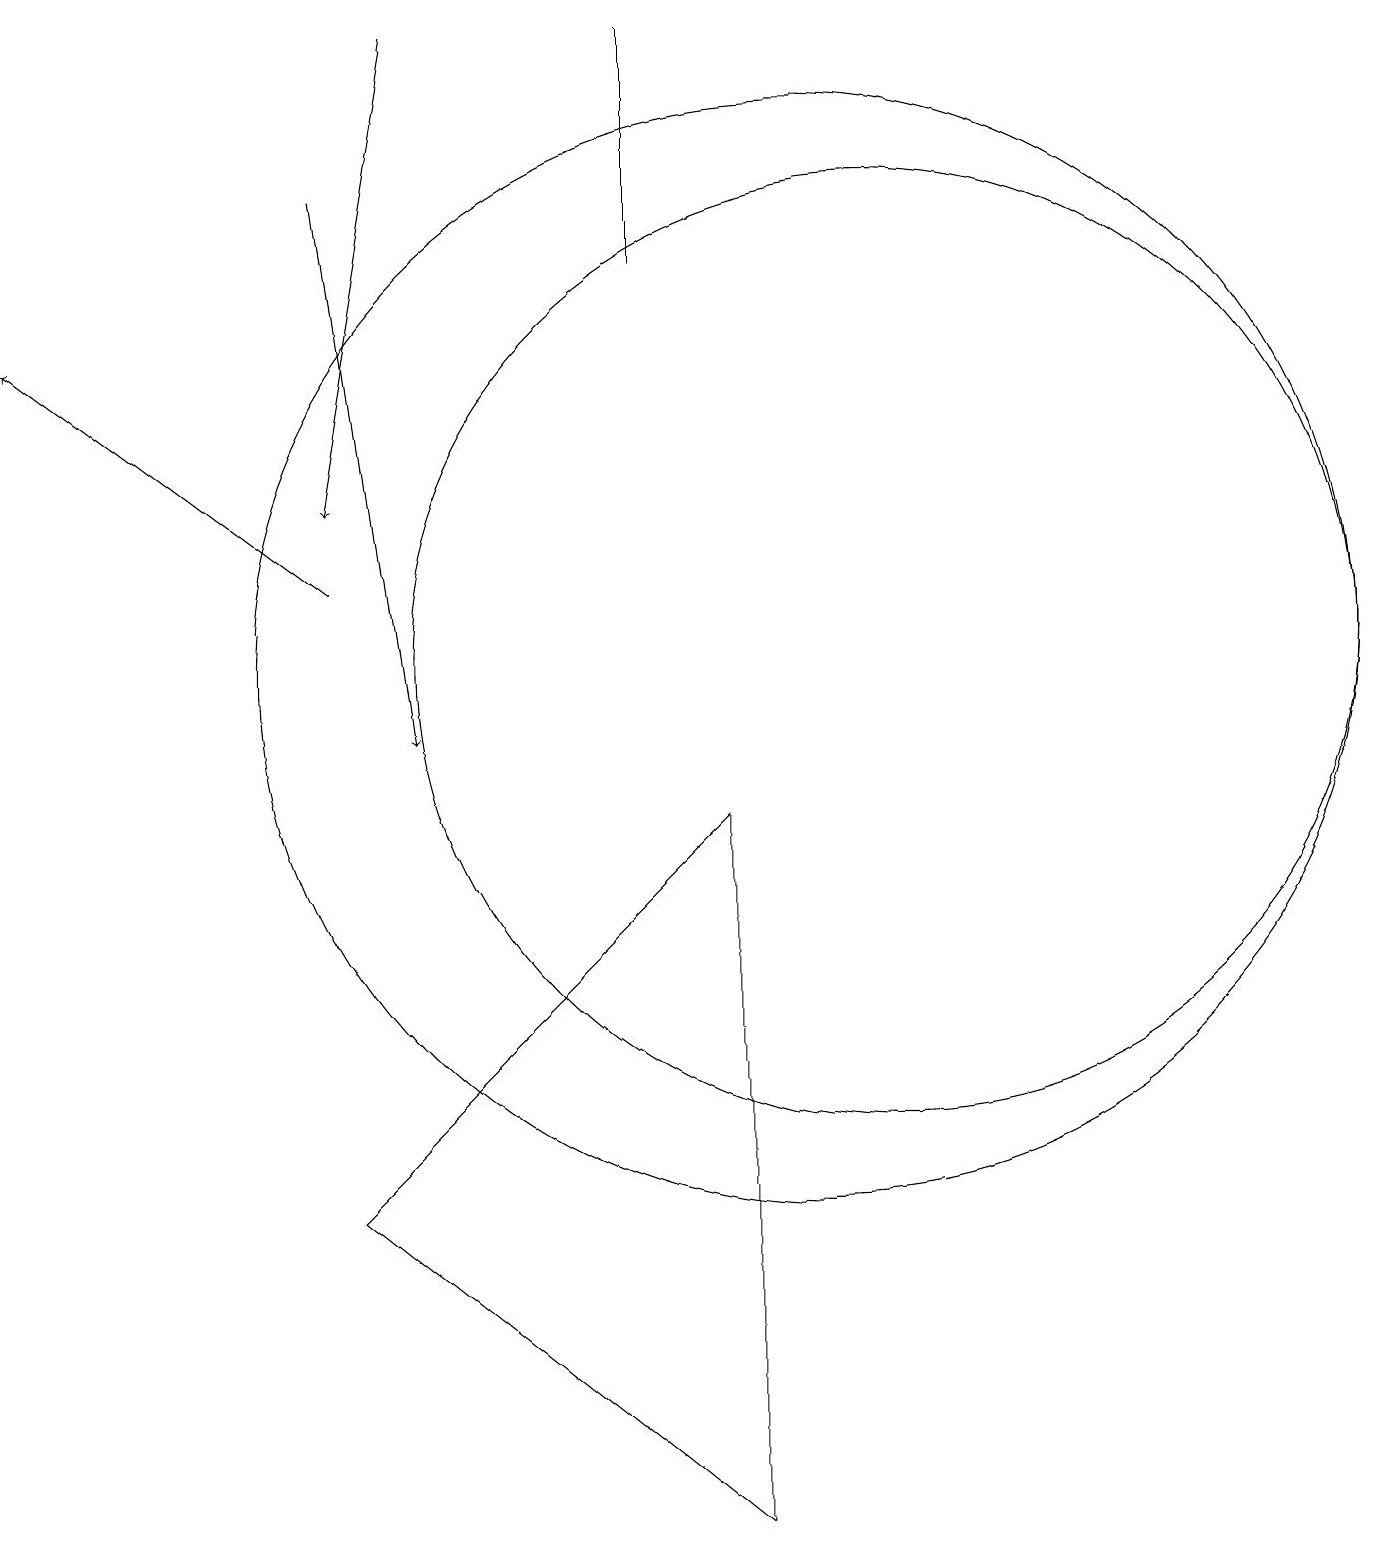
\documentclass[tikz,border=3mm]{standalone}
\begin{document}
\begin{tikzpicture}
\draw (9,0) -- (4,4) -- (9,9) -- cycle;
\draw[->] (4,17) -- (5,10);
\draw (10,11) circle (7);
\draw (11,11) circle (6);
\draw[->] (5,19) -- (4,13);
\draw (8,19) rectangle (8,16);
\draw[->] (4,12) -- (0,15);
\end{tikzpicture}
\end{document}